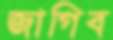
জাগিব